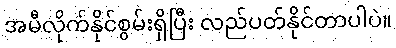
အမီလိုက်နိုင်စွမ်းရှိပြီး လည်ပတ်နိုင်တာပါပဲ။